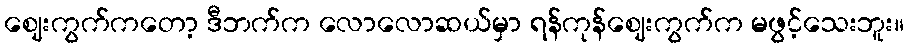
ဈေးကွက်ကတော့ ဒီဘက်က လောလောဆယ်မှာ ရန်ကုန်ဈေးကွက်က မဖွင့်သေးဘူး။